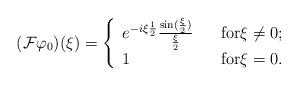
LaTeX: \begin{align*}( \mathcal{F} \varphi_{0} ) (\xi) = \left\{ \begin{array}{lll} e^{- i \xi \frac{1}{2}}\frac{\sin(\frac{\xi}{2})}{\frac{\xi}{2}} & & \mbox{for} \xi \not = 0 ;\\ 1 & & \mbox{for} \xi = 0 .\\\end{array}\right.\end{align*}